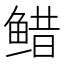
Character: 𱇷